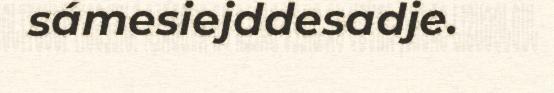
sámesiejddesadje.